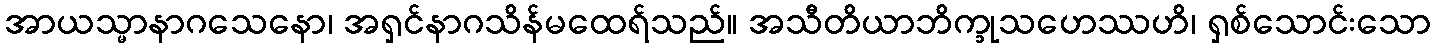
အာယသ္မာနာဂသေနော၊ အရှင်နာဂသိန်မထေရ်သည်။ အသီတိယာဘိက္ခုသဟေဿဟိ၊ ရှစ်သောင်းသော